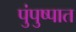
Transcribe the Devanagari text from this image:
पुंपुष्पात